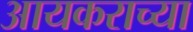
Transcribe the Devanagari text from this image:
आयकराच्या